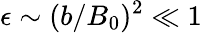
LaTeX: \epsilon\sim(b/B_{0})^{2}\ll 1